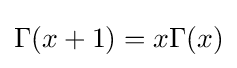
\Gamma (x+1)=x\Gamma (x)